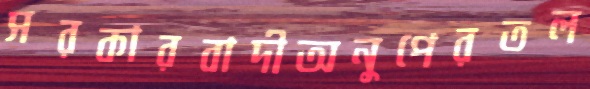
সরকারবাদীঅনুপেরতল